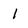
Character: l